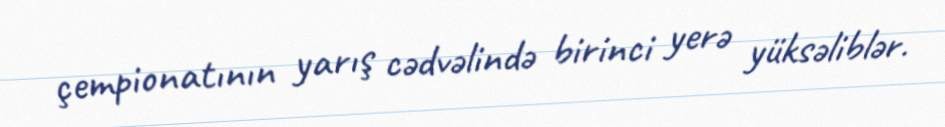
çempionatının yarış cədvəlində birinci yerə yüksəliblər.